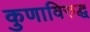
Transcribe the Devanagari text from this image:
कुणाविरुद्ध